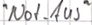
Text: "Not-Aus"